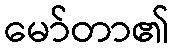
မော်တာ၏